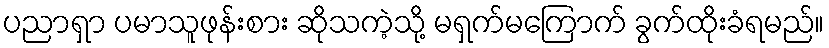
ပညာရှာ ပမာသူဖုန်းစား ဆိုသကဲ့သို့ မရှက်မကြောက် ခွက်ထိုးခံရမည်။